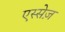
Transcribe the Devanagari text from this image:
एस्सेज़